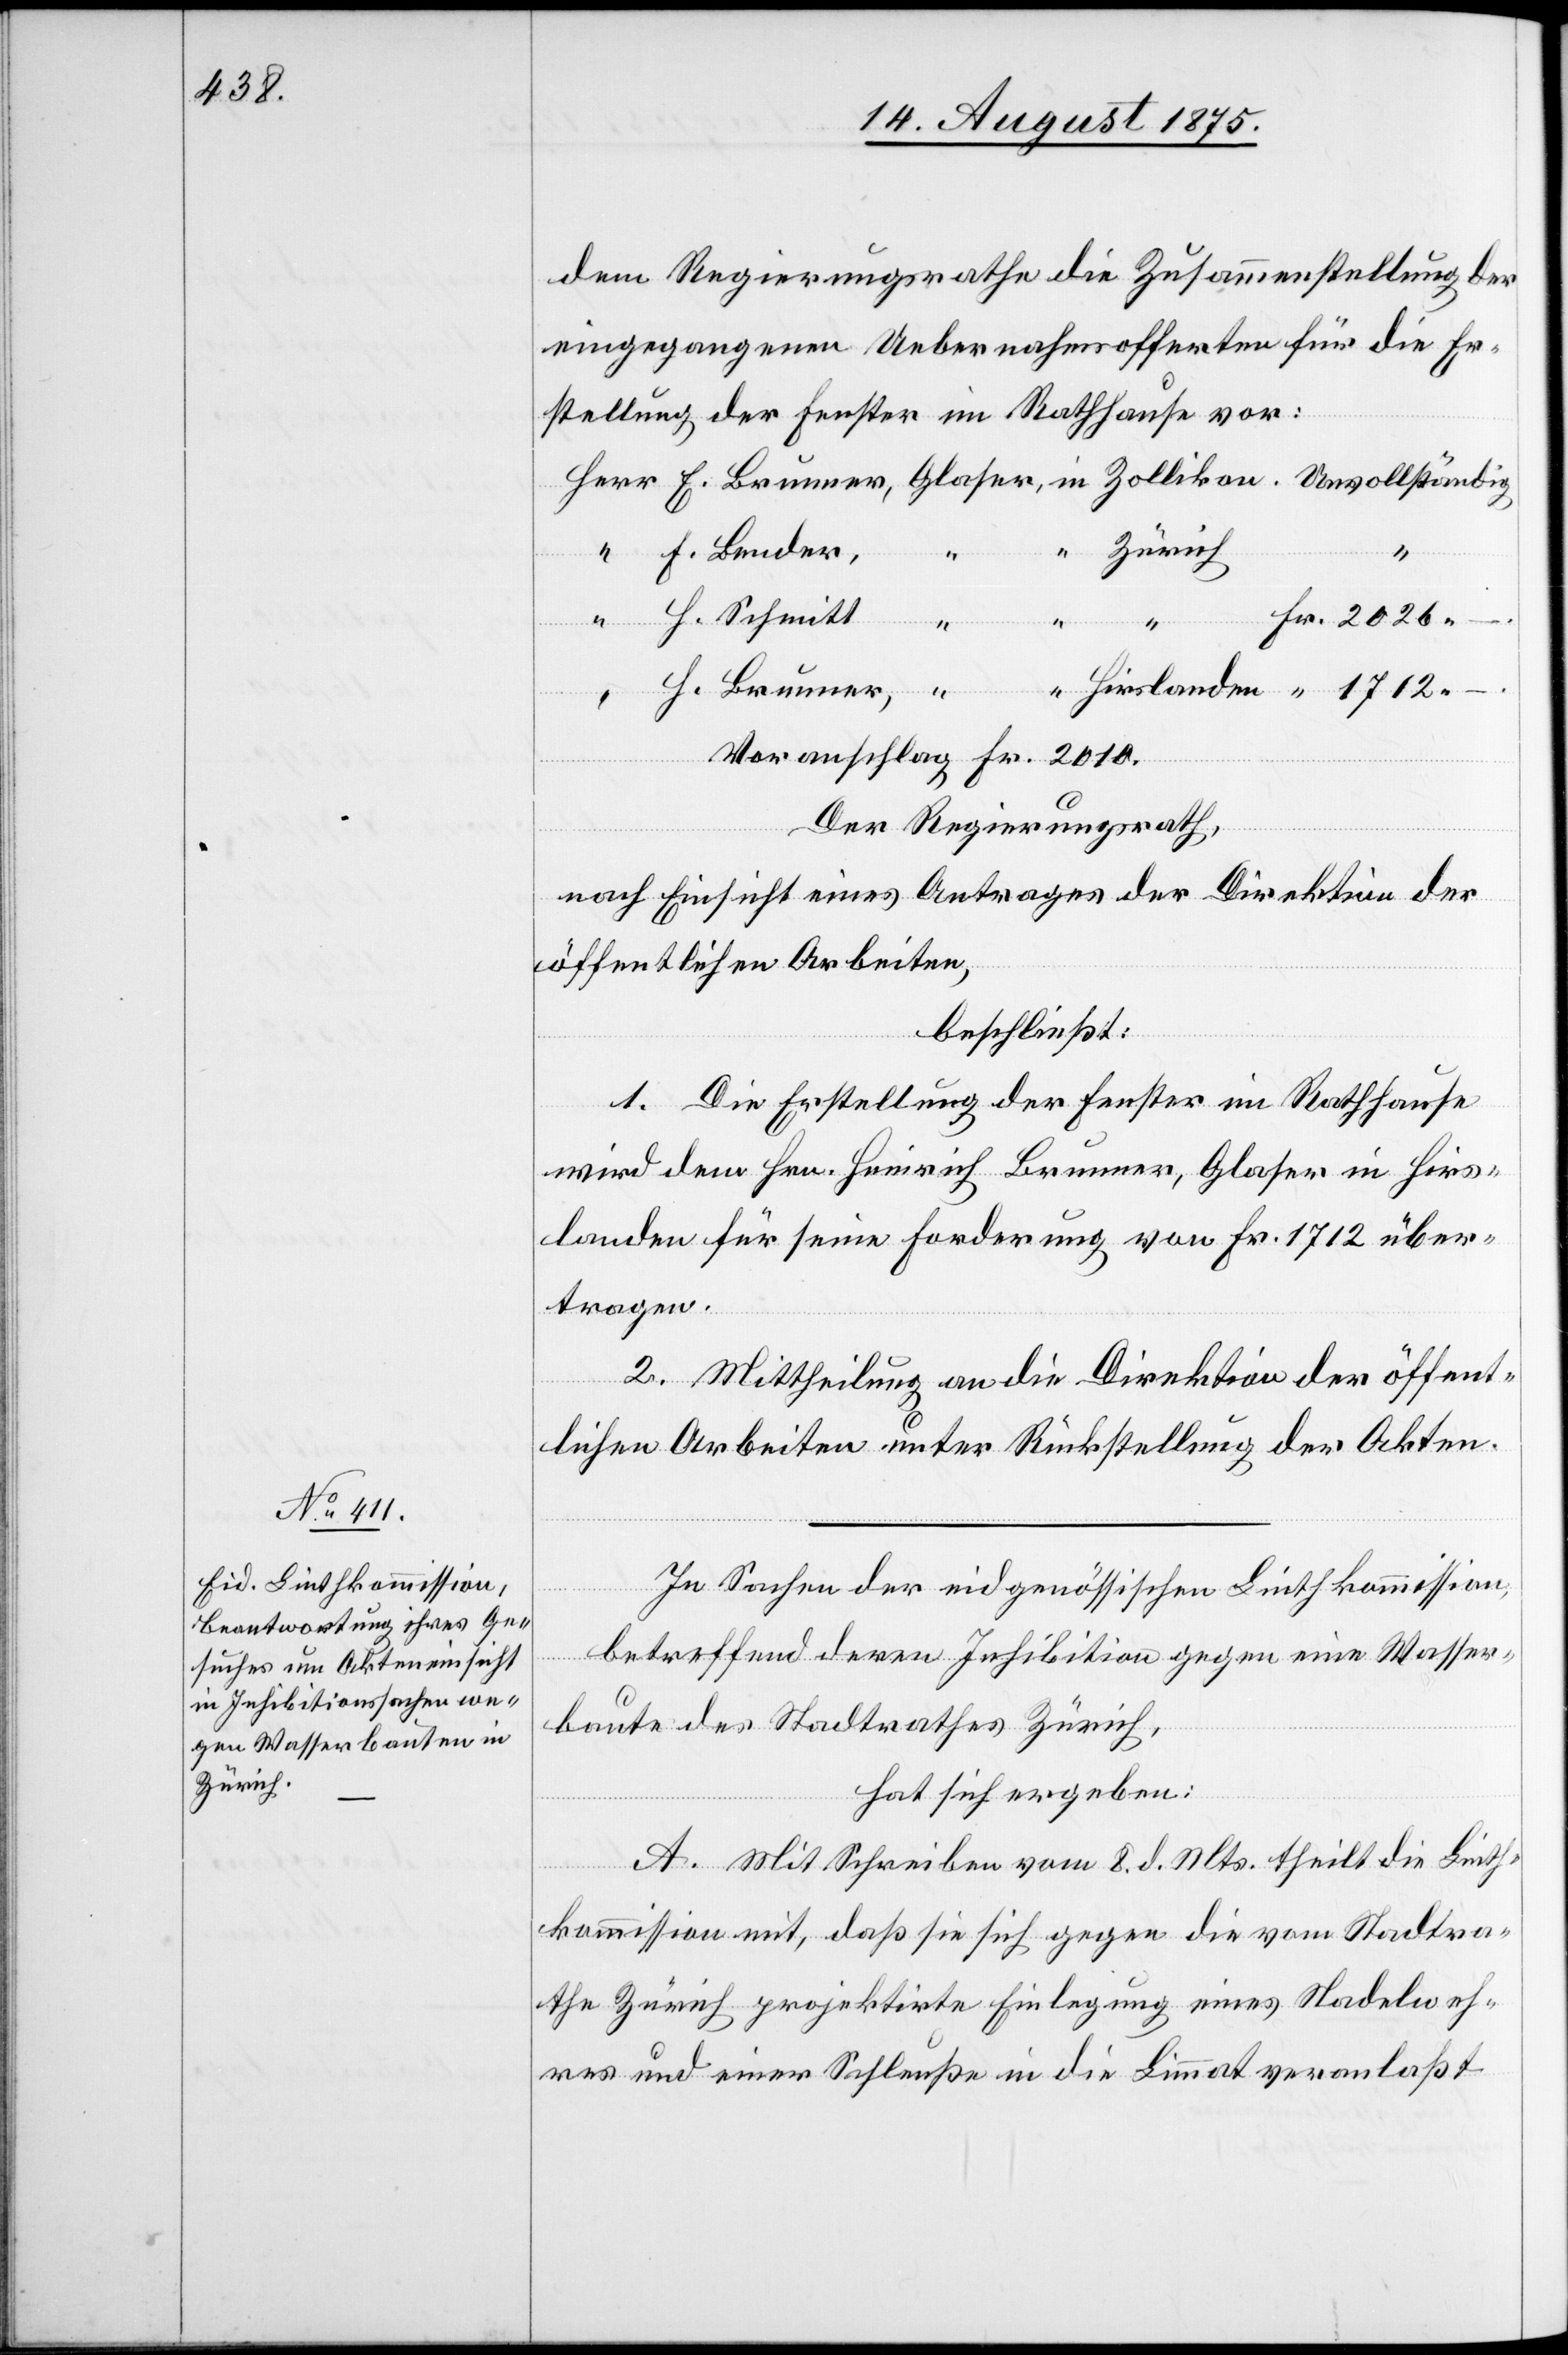
Zürich

dem Regierungsrathe die Zusammenstellung der
eingegangenen Uebernahmsofferten für die Er¬
stellung der Fenster im Rathhause vor:
F. Bender,
H. Schmitt
Hirslanden
H. Brunner,
“
–.
Voranschlag Fr. 2010.
Der Regierungsrath,
nach Einsicht eines Antrages der Direktion der
öffentlichen Arbeiten,
beschließt:
1. Die Erstellung der Fenster im Rathhause
wird dem Hrn. Heinrich Brunner, Glaser in Hirs¬
landen für seine Forderung von Fr. 1712 über¬
tragen.
–.
2. Mittheilung an die Direktion der öffent¬
lichen Arbeiten unter Rückstellung der Akten.
In Sachen der eidgenössischen Linthkommission,
betreffend deren Inhibition gegen eine Wasser¬
baute des Stadtrathes Zürich,
hat sich ergeben:
in
A. Mit Schreiben vom 8. d. Mts. theilt die Linth¬
kommission mit, daß sie sich gegen die vom Stadtra¬
the Zürich projektirte Einlegung eines Nadelweh¬
res und einer Schleuße in die Limmat veranlaßt